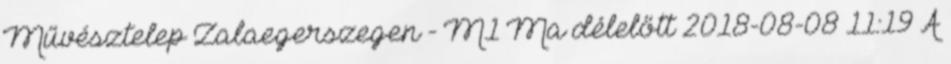
Művésztelep Zalaegerszegen - M1 Ma délelőtt 2018-08-08 11:19 A